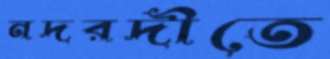
নদরদীতে